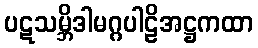
ပဋသမ္ဘိဒါမဂ္ဂပါဠိအဋ္ဌကထာ